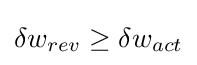
\delta w_{rev}\geq \delta w_{act}